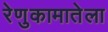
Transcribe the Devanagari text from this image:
रेणुकामातेला